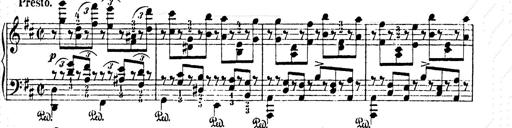
Title: AnnÃ©es de pÃ¨lerinage II
Composer: Franz Liszt